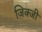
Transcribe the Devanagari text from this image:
जिक्जी